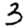
Digit: 3